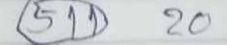
(511) 20